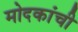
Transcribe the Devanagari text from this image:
मोदकांची